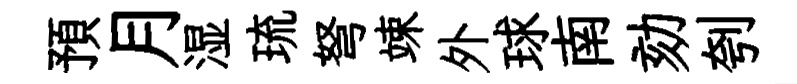
預月湿琉弩竦外球南劾刳